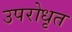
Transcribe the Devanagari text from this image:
उपरोधृत